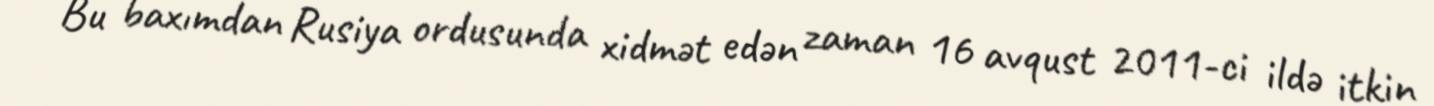
Bu baxımdan Rusiya ordusunda xidmət edən zaman 16 avqust 2011-ci ildə itkin